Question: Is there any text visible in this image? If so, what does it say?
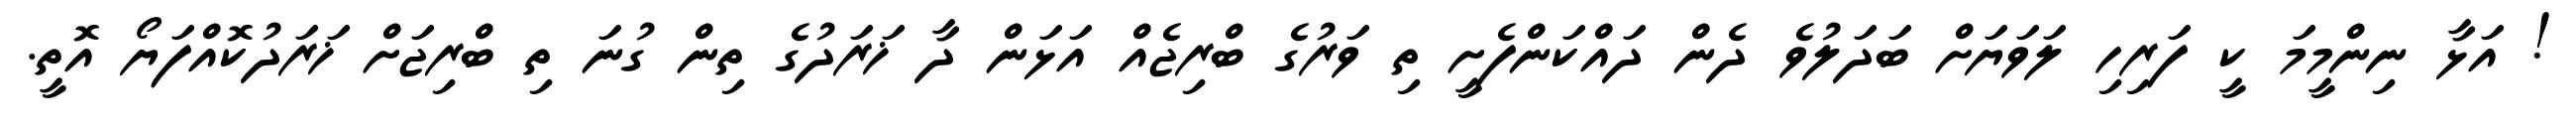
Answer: ! އަޅާ ނިންމީމަ ކީ ފަރިހި ލަވަޔަށް ބަދަލުވެ ދެން ދައްކަންފެށީ ތި ވަރުގެ ބްރިޖެއް އަޅަން ދާ ޚަރަދުގެ ތިން ގުނަ ތި ބްރިޖަށް ޚަރަދުކޮއްފަޔޯ އޮތީ.